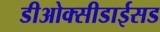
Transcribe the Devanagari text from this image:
डीओक्सीडाईसड